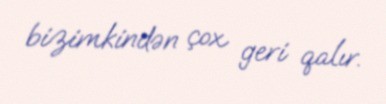
bizimkindən çox geri qalır.